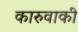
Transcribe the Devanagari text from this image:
कारुवाकी